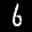
Label: 6